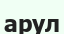
арул